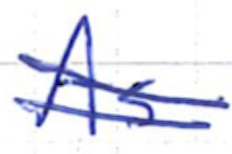
Text: As
Cross-out: double-line
Writing tool: ballpoint